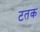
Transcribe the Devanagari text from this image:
टतक